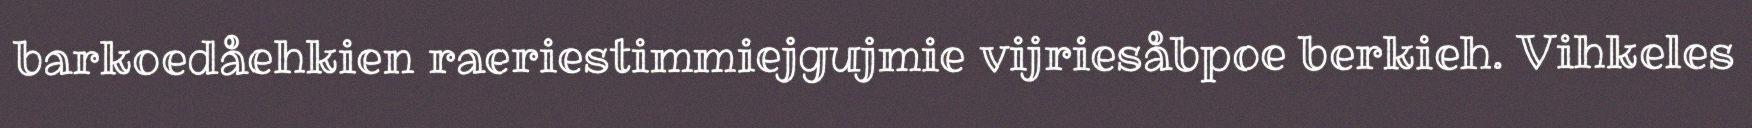
barkoedåehkien raeriestimmiejgujmie vijriesåbpoe berkieh. Vihkeles